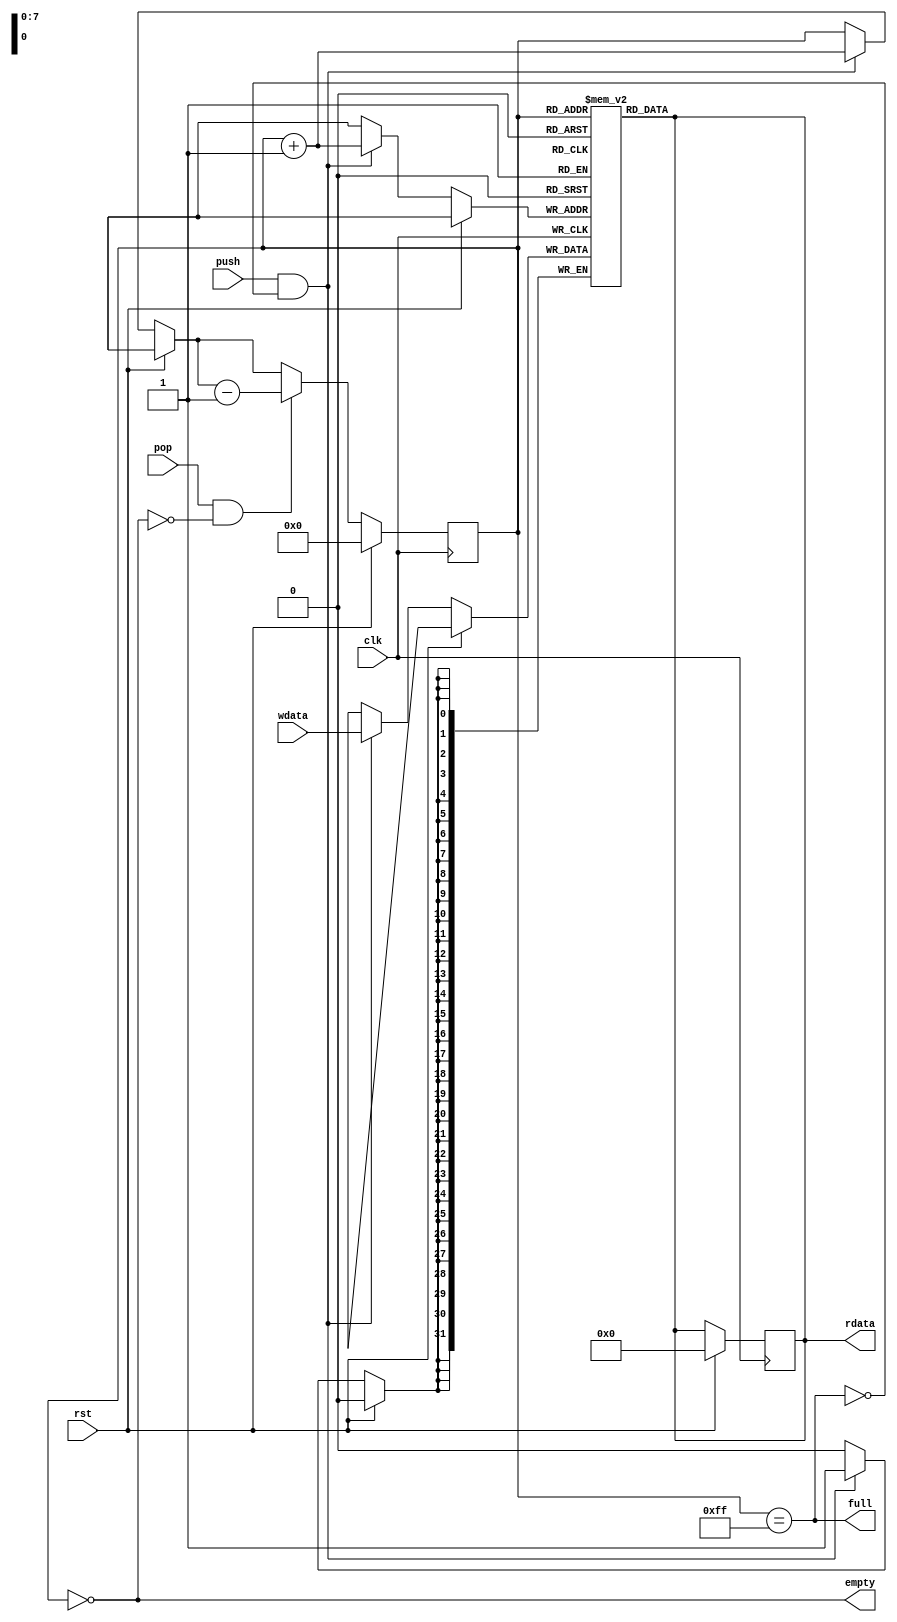
module stack (clk, rst, push, pop, empty, full, rdata, wdata);
    parameter DEPTH = 8;
    parameter WIDTH = 32;

    localparam WORDS = 1 << DEPTH;

    input clk; input rst;
    input push; input pop;
    output empty; output full;
    output reg [WIDTH-1:0] rdata;
    input [WIDTH-1:0] wdata;

    reg [WIDTH-1:0] mem [0:WORDS-1];
    reg [DEPTH-1:0] top;

    assign empty = (top == 0);
    assign full = (top == WORDS-1);

    assign rdata = mem[top];

    always @ (posedge clk) if(rst) begin
        rdata = 0; 
        top = 0;
    end else begin
        if(push && !full) begin
            top = top + 1;
            mem[top] <= wdata;
        end
        if(pop && !empty) begin
            top = top - 1;
        end
    end
    
endmodule